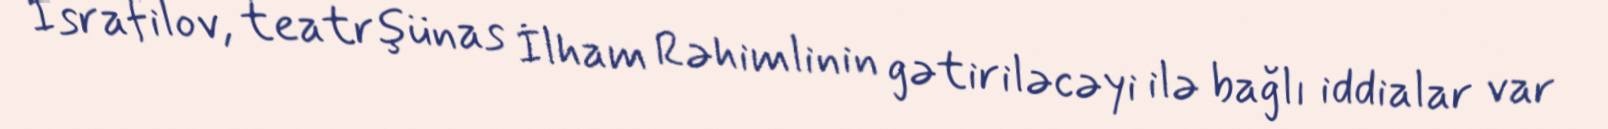
İsrafilov, teatrşünas İlham Rəhimlinin gətiriləcəyi ilə bağlı iddialar var